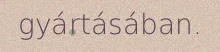
gyártásában.